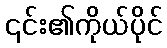
၎င်း၏ကိုယ်ပိုင်